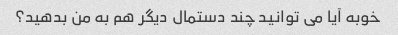
خوبه آیا می توانید چند دستمال دیگر هم به من بدهید؟